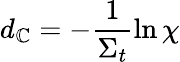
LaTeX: d_{\mathbb{C}}=-\frac{{1}}{{\Sigma_{t}}}\ln\chi